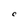
Character: C